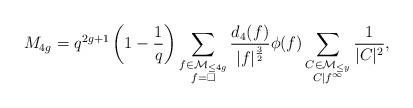
LaTeX: \begin{align*} M_{4g} = q^{2g+1} \left(1-\frac{1}{q} \right) \sum_{\substack{f \in \mathcal{M}_{\leq 4g} \\ f= \square}} \frac{d_4(f)}{|f|^{\frac{3}{2}}} \phi(f) \sum_{\substack{C \in \mathcal{M}_{\leq y} \\ C | f^{\infty}}} \frac{1}{|C|^2} , \end{align*}